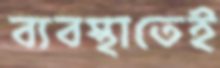
ব্যবস্থাতেই